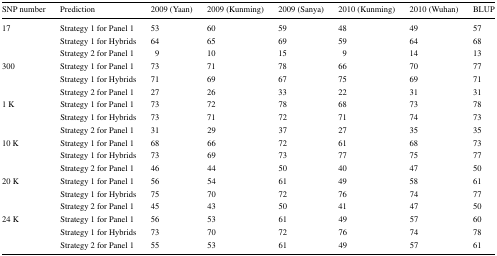
<table><thead><tr><td><b>SNP number</b></td><td><b>Prediction</b></td><td><b>2009 (Yaan)</b></td><td><b>2009 (Kunming)</b></td><td><b>2009 (Sanya)</b></td><td><b>2010 (Kunming)</b></td><td><b>2010 (Wuhan)</b></td><td><b>BLUP</b></td></tr></thead><tbody><tr><td rowspan="3">17</td><td>Strategy 1 for Panel 1</td><td>53</td><td>60</td><td>59</td><td>48</td><td>49</td><td>57</td></tr><tr><td>Strategy 1 for Hybrids</td><td>64</td><td>65</td><td>69</td><td>59</td><td>64</td><td>68</td></tr><tr><td>Strategy 2 for Panel 1</td><td>9</td><td>10</td><td>15</td><td>9</td><td>14</td><td>13</td></tr><tr><td rowspan="3">300</td><td>Strategy 1 for Panel 1</td><td>73</td><td>71</td><td>78</td><td>66</td><td>70</td><td>77</td></tr><tr><td>Strategy 1 for Hybrids</td><td>71</td><td>69</td><td>67</td><td>75</td><td>69</td><td>71</td></tr><tr><td>Strategy 2 for Panel 1</td><td>27</td><td>26</td><td>33</td><td>22</td><td>31</td><td>31</td></tr><tr><td rowspan="3">1 K</td><td>Strategy 1 for Panel 1</td><td>73</td><td>72</td><td>78</td><td>68</td><td>73</td><td>78</td></tr><tr><td>Strategy 1 for Hybrids</td><td>73</td><td>71</td><td>72</td><td>71</td><td>74</td><td>73</td></tr><tr><td>Strategy 2 for Panel 1</td><td>31</td><td>29</td><td>37</td><td>27</td><td>35</td><td>35</td></tr><tr><td rowspan="3">10 K</td><td>Strategy 1 for Panel 1</td><td>68</td><td>66</td><td>72</td><td>61</td><td>68</td><td>73</td></tr><tr><td>Strategy 1 for Hybrids</td><td>73</td><td>69</td><td>73</td><td>77</td><td>75</td><td>77</td></tr><tr><td>Strategy 2 for Panel 1</td><td>46</td><td>44</td><td>50</td><td>40</td><td>47</td><td>50</td></tr><tr><td rowspan="3">20 K</td><td>Strategy 1 for Panel 1</td><td>56</td><td>54</td><td>61</td><td>49</td><td>58</td><td>61</td></tr><tr><td>Strategy 1 for Hybrids</td><td>75</td><td>70</td><td>72</td><td>76</td><td>74</td><td>77</td></tr><tr><td>Strategy 2 for Panel 1</td><td>45</td><td>43</td><td>50</td><td>41</td><td>47</td><td>50</td></tr><tr><td rowspan="3">24 K</td><td>Strategy 1 for Panel 1</td><td>56</td><td>53</td><td>61</td><td>49</td><td>57</td><td>60</td></tr><tr><td>Strategy 1 for Hybrids</td><td>73</td><td>70</td><td>72</td><td>76</td><td>74</td><td>78</td></tr><tr><td>Strategy 2 for Panel 1</td><td>55</td><td>53</td><td>61</td><td>49</td><td>57</td><td>61</td></tr></tbody></table>